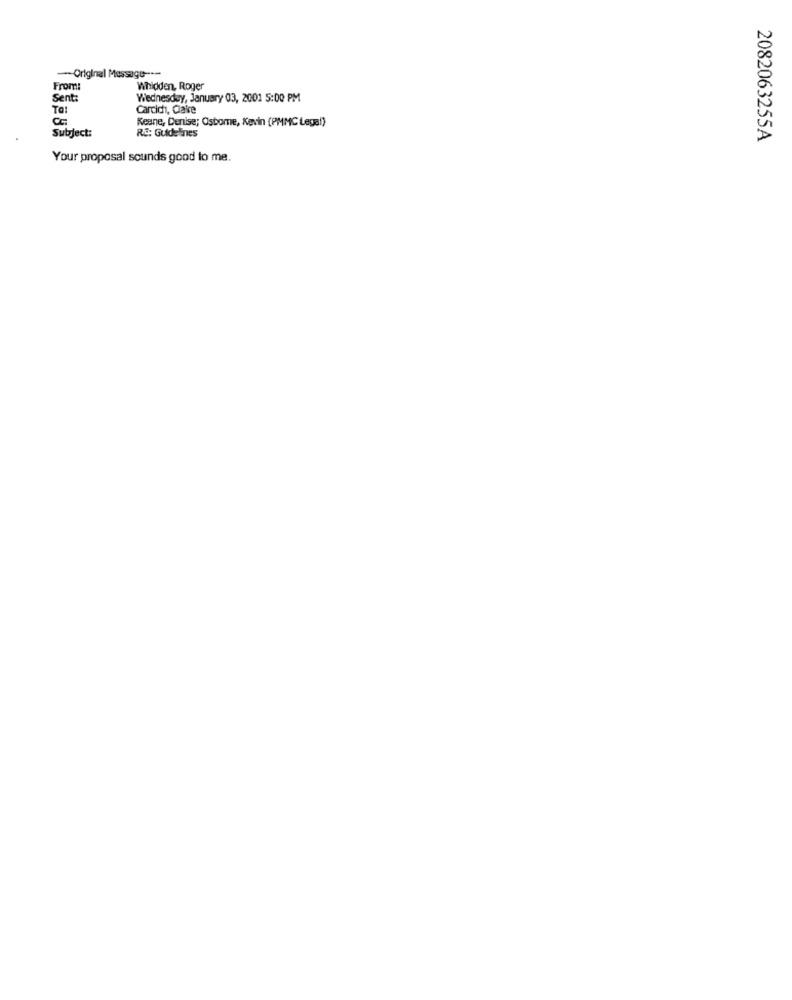
-- Original Message ----
From:
Whidden, Roger
Sent:
Wednesday, January 03, 2001 5:00 PM
Ta!
Cardich, Claire
Cc:
Keane, Denise; Osbome, Kevin (PMMC Lega!)
Subject:
RE: Guidelines
2082063255A
Your proposal sounds good to me.